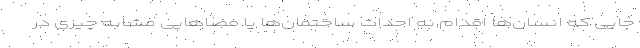
جایی که انسان‌ها اقدام به احداث ساختمان‌ها یا فضاهایی مشابه چیزی در